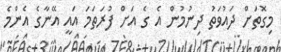
މިގޮތަށް ދައުވަތު ދިނުމުން އެ ގެ އަށް ފުރަތަމަ އައީ އޭނާގެ އެންމެ